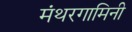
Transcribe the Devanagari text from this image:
मंथरगामिनी